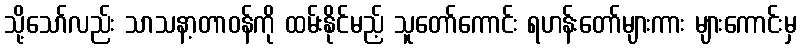
သို့သော်လည်း သာသနာ့တာဝန်ကို ထမ်းနိုင်မည့် သူတော်ကောင်း ရဟန်းတော်များကား များကောင်းမှ